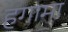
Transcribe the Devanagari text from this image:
हगामा